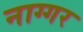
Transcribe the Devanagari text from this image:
नाग्गर